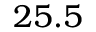
2 5 . 5